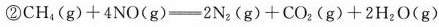
②$$C H _ { 4 } ( g ) + 4 N O ( g ) = 2 N _ { 2 } ( g ) + C O _ { 2 } ( g ) + 2 H _ { 2 } O ( g )$$